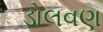
ડોલવણ